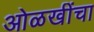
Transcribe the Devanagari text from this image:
ओळखींचा